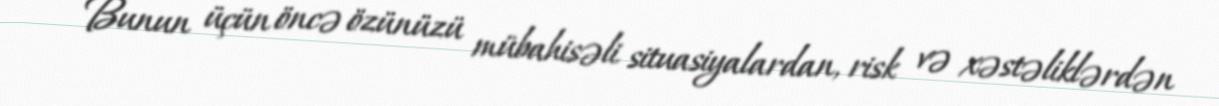
Bunun üçün öncə özünüzü mübahisəli situasiyalardan, risk və xəstəliklərdən